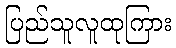
ပြည်သူလူထုကြား